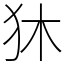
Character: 狇